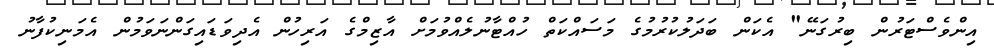
އިންވެސްޓަރުން ބިރުގަނޭ" އެކަން ބަދަލުކުރުމުގެ މަސައްކަތް ހުއްޓާނުލެއްވުމަށް އާޒިމްގެ އަރިހުން އެދިވަޑައިގަންނަވަމުން އެމަނިކުފާނު